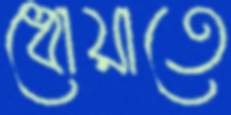
ধোয়াতে